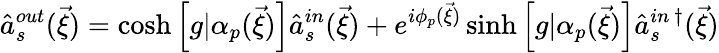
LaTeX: \hat{a}_{s}^{out}(\vec{\xi})=\cosh{\left[g|\alpha_{p}(\vec{\xi})\right]}\hat{a}_{s}^{in}(\vec{\xi})+e^{i\phi_{p}(\vec{\xi})}\sinh{\left[g|\alpha_{p}(\vec{\xi})\right]}{\hat{a}_{s}^{in\, \dagger}}(\vec{\xi})